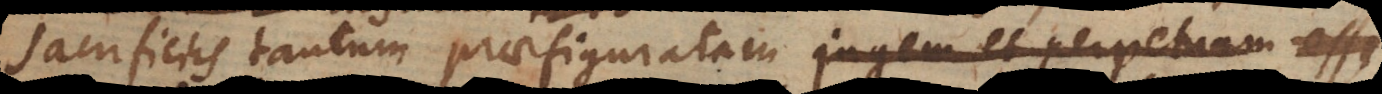
sacrificiis tantum praefiguratam jugem et perpetuam e